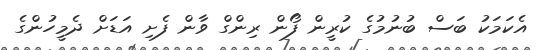
އެކަމަކު ބަސް ބުނުމުގެ ކުރީން ފޯން ރިންގް ވާން ފެށި އަޑަށް ދެމީހުންގެ